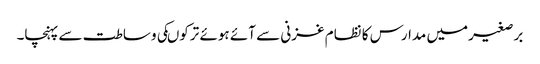
برصغیرمیں مدارس کا نظام غزنی سے آئے ہوئے ترکوںکی وساطت سے پہنچا۔